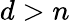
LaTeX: {d>n}